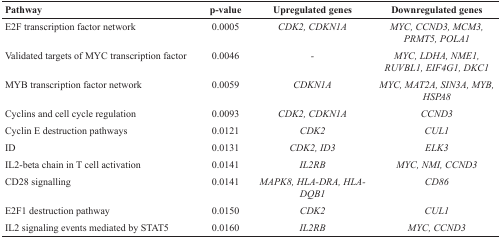
| Pathway | p-value | Upregulated genes | Downregulated genes |
 | --- | --- | --- | --- |
 | E2F transcription factor network | 0.0005 | CDK2, CDKN1A | MYC, CCND3, MCM3, PRMT5, POLA1 |
 | Validated targets of MYC transcription factor | 0.0046 | - | MYC, LDHA, NME1, RUVBL1, EIF4G1, DKC1 |
 | MYB transcription factor network | 0.0059 | CDKN1A | MYC, MAT2A, SIN3A, MYB, HSPA8 |
 | Cyclins and cell cycle regulation | 0.0093 | CDK2, CDKN1A | CCND3 |
 | Cyclin E destruction pathways | 0.0121 | CDK2 | CUL1 |
 | ID | 0.0131 | CDK2, ID3 | ELK3 |
 | IL2-beta chain in T cell activation | 0.0141 | IL2RB | MYC, NMI, CCND3 |
 | CD28 signalling | 0.0141 | MAPK8, HLA-DRA, HLA-DQB1 | CD86 |
 | E2F1 destruction pathway | 0.0150 | CDK2 | CUL1 |
 | IL2 signaling events mediated by STAT5 | 0.0160 | IL2RB | MYC, CCND3 |